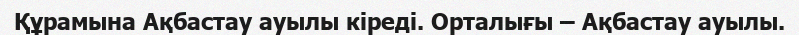
Құрамына Ақбастау ауылы кіреді. Орталығы – Ақбастау ауылы.